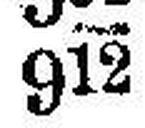
912